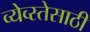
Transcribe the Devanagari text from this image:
व्येव्स्तेसाठी